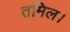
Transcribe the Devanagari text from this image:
तमिल।